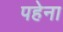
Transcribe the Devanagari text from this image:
पहेना